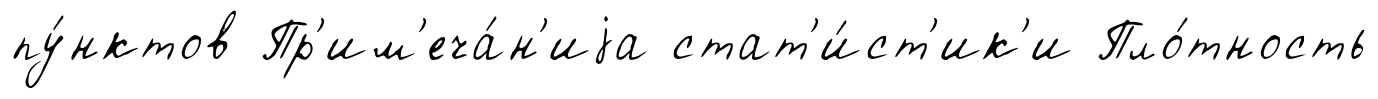
пу́нктов Пр'им'еча́н'иjа стат'и́ст'ик'и Пло́тность